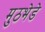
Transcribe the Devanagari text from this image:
मुठभेडे